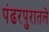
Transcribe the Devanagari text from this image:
पंढरपुरातले